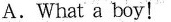
A.What a boy!